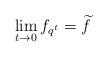
LaTeX: \begin{align*} \lim_{t \to 0} f_{q^t} = \widetilde{f} \end{align*}